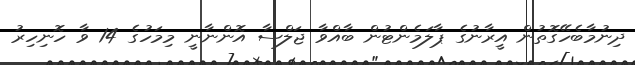
ދިނުމާބެހޭގޮތުން އީރާނުގެ ޕާލަމެންޓުން ބާއްވާ ޖަލްސާ އޮންނާނީ މިމަހުގެ 14 ވާ ހޮނިހިރު